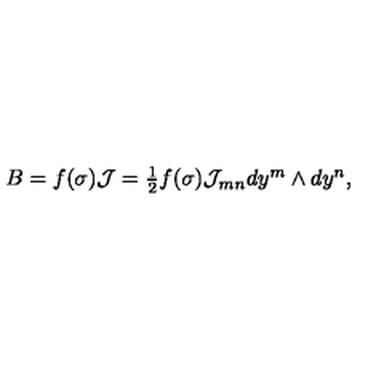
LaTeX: B = f ( \sigma ) \mathcal { J } = \textstyle { \frac { 1 } { 2 } } f ( \sigma ) \mathcal { J } _ { m n } d y ^ { m } \wedge d y ^ { n } ,